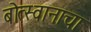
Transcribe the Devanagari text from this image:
बोत्स्वानाचा